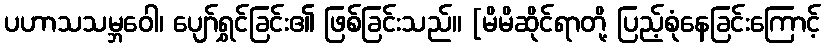
ပဟာသသမ္ဘဝေါ၊ ပျော်ရွှင်ခြင်း၏ ဖြစ်ခြင်းသည်။ [မိမိဆိုင်ရာတို့ ပြည့်စုံနေခြင်းကြောင့်